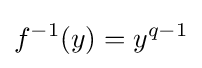
f^{-1}(y)=y^{q-1}